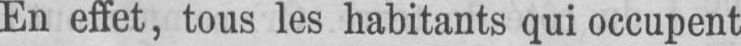
En effet, tous les habitants qui occupent